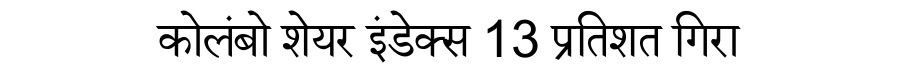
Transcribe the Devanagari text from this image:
कोलंबो शेयर इंडेक्स 13 प्रतिशत गिरा